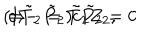
( 1 - \tilde { P } _ { 2 } ) c \tilde { P } _ { 2 } = 0 \hspace { 1 c m } \Rightarrow \hspace { 1 c m } c \, \tilde { T } _ { 2 } = \tilde { T } _ { 2 } Z _ { 2 } ,